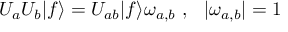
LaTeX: U _ { a } U _ { b } | f \rangle = U _ { a b } | f \rangle \omega _ { a , b } ~ , ~ ~ | \omega _ { a , b } | = 1 ~